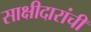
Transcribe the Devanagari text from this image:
साक्षीदारांची